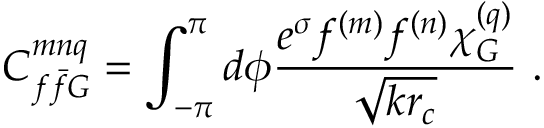
C _ { f \bar { f } G } ^ { m n q } = \int _ { - \pi } ^ { \pi } d \phi \frac { e ^ { \sigma } f ^ { ( m ) } f ^ { ( n ) } \chi _ { G } ^ { ( q ) } } { \sqrt { k r _ { c } } } \, \, .